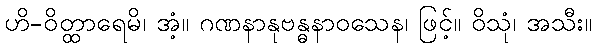
ဟိ-ဝိတ္ထာရေမိ၊ အံ့။ ဂဏနာနုဗန္ဓနာဝသေန၊ ဖြင့်။ ဝိသုံ၊ အသီး။